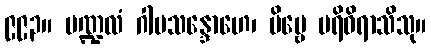
၉၉၃။ မဏ္ဍလံ ဂါမသန္ဒောဟေ၊ ဗိမ္ဗေ ပရိဓိရာသိသု။